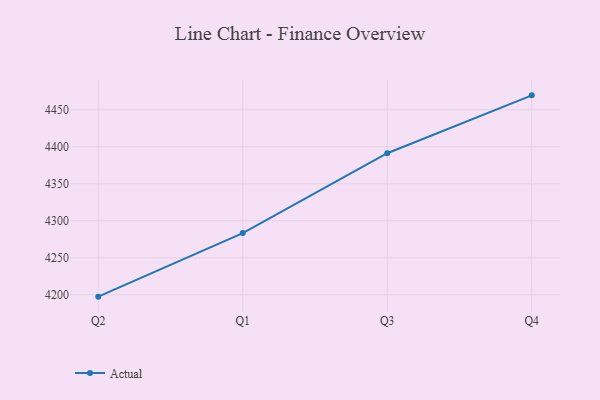
{"axis": {"x": "Quarter", "y": "Satisfaction Score"}, "legend": ["Actual"], "data": [{"x": "Q2", "y": 4197.5, "type": "Actual"}, {"x": "Q1", "y": 4283.4, "type": "Actual"}, {"x": "Q3", "y": 4391.3, "type": "Actual"}, {"x": "Q4", "y": 4469.5, "type": "Actual"}]}